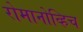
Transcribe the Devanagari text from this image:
रोमानोव्हिच